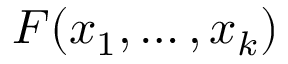
F ( x _ { 1 } , \dots , x _ { k } )